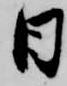
日